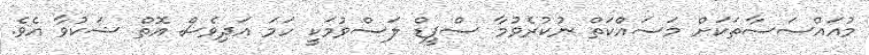
މުއައްސަސާތަކަށް މަސައްކަތް ނުކުރެވުމާ ސްޕީޑް ލަސްވުމަކީ ހަމަ އަދިވެސް އޮތް ޝަކުވާ އެވެ.